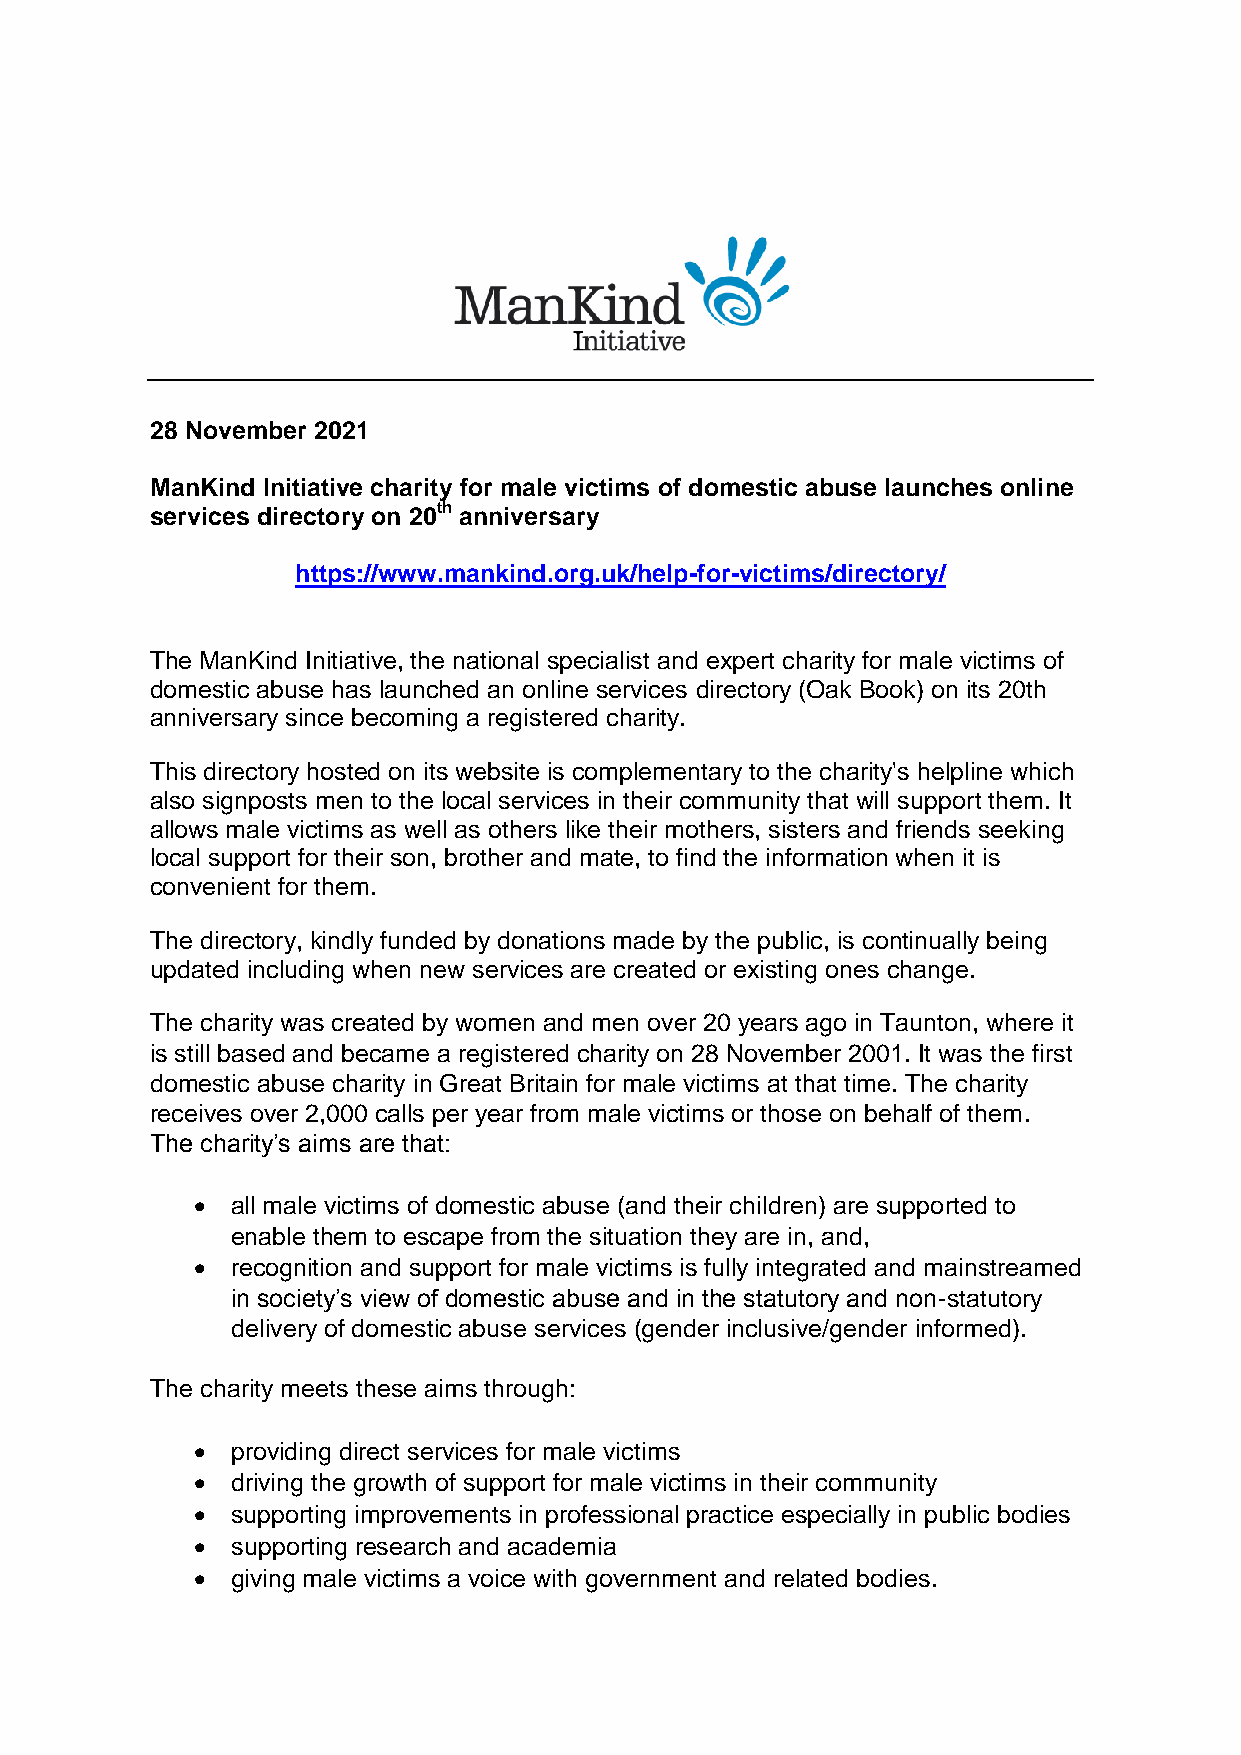
28 November 2021
 ManKind Initiative charity for male victims of domestic abuse launches online
 services directory on 20th anniversary
 https://www.mankind.org.uk/help-for-victims/directory/
 The ManKind Initiative, the national specialist and expert charity for male victims of
 domestic abuse has launched an online services directory (Oak Book) on its 20th
 anniversary since becoming a registered charity.
 This directory hosted on its website is complementary to the charity's helpline which
 also signposts men to the local services in their community that will support them. It
 allows male victims as well as others like their mothers, sisters and friends seeking
 local support for their son, brother and mate, to find the information when it is
 convenient for them.
 The directory, kindly funded by donations made by the public, is continually being
 updated including when new services are created or existing ones change.
 The charity was created by women and men over 20 years ago in Taunton, where it
 is still based and became a registered charity on 28 November 2001. It was the first
 domestic abuse charity in Great Britain for male victims at that time. The charity
 receives over 2,000 calls per year from male victims or those on behalf of them.
 The charity’s aims are that:
  all male victims of domestic abuse (and their children) are supported to
 enable them to escape from the situation they are in, and,
  recognition and support for male victims is fully integrated and mainstreamed
 in society’s view of domestic abuse and in the statutory and non-statutory
 delivery of domestic abuse services (gender inclusive/gender informed).
 The charity meets these aims through:
  providing direct services for male victims
  driving the growth of support for male victims in their community
  supporting improvements in professional practice especially in public bodies
  supporting research and academia
  giving male victims a voice with government and related bodies.